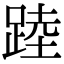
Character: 踛